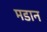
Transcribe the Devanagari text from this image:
मडान